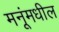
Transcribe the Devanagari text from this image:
मनूंमधील